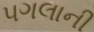
પગલાની